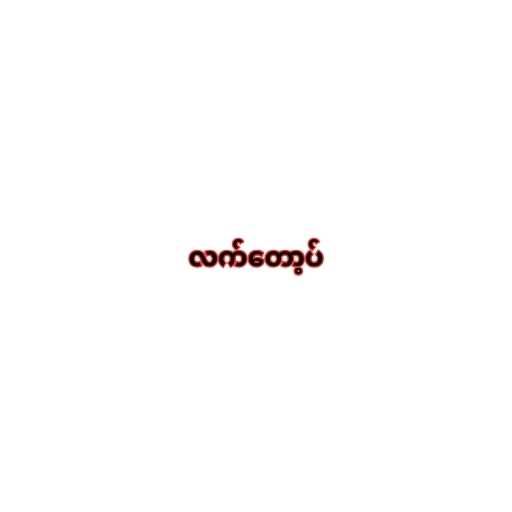
လက်တော့ပ်